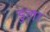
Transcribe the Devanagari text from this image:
डुला